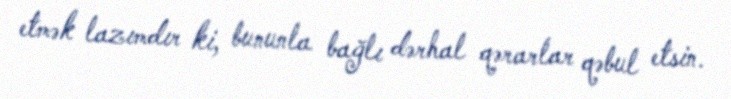
etmək lazımdır ki, bununla bağlı dərhal qərarlar qəbul etsin.